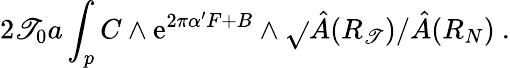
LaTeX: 2\mathscr{T}_{0}a\int_{p}C\wedge\mathrm{{e}}^{2\pi\alpha^{\prime}F+B}\wedge\sqrt{}{{\hat{{A}}(R_{\mathscr{T}})/\hat{{A}}(R_{N})}}~.